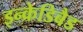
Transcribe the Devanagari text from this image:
इन्क्रेडिबैड